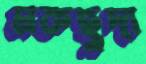
মকছুদা